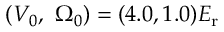
( V _ { 0 } , ~ \Omega _ { 0 } ) = ( 4 . 0 , 1 . 0 ) E _ { \mathrm { { r } } }